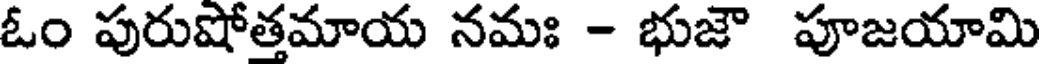
ఓం పురుషోత్తమాయ నమః - భుజౌ పూజయామి